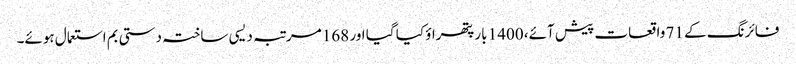
فائرنگ کے 71 واقعات پیش آئے، 1400 بار پتھراؤ کیا گیا اور 168 مرتبہ دیسی ساختہ دستی بم استعمال ہوئے۔